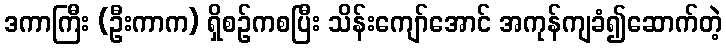
ဒကာကြီး (ဦးကာက) ရှိစဉ်ကစပြီး သိန်းကျော်အောင် အကုန်ကျခံ၍ဆောက်တဲ့